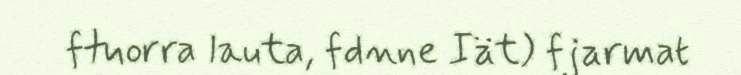
ftuorra lauta, fdnne Iät) fjarmat